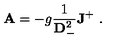
{ \bf A } = - g { \frac { 1 } { { \bf D } _ { - } ^ { 2 } } } { \bf J } ^ { + } \ .